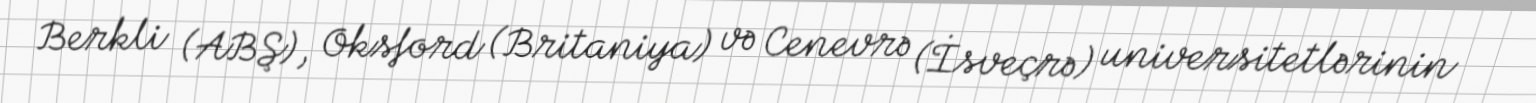
Berkli (ABŞ), Oksford (Britaniya) və Cenevrə (İsveçrə) universitetlərinin